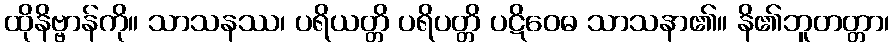
ထိုနိဗ္ဗာန်ကို။ သာသနဿ၊ ပရိယတ္တိ ပရိပတ္တိ ပဋိဝေဓ သာသနာ၏။ နိ၏ဘူတတ္တာ၊